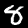
Digit: 8